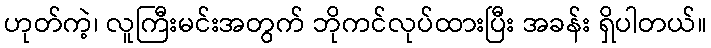
ဟုတ်ကဲ့၊ လူကြီးမင်းအတွက် ဘိုကင်လုပ်ထားပြီး အခန်း ရှိပါတယ်။